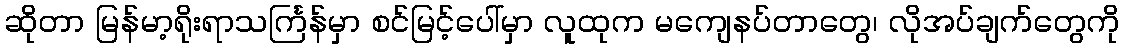
ဆိုတာ မြန်မာ့ရိုးရာသင်္ကြန်မှာ စင်မြင့်ပေါ်မှာ လူထုက မကျေနပ်တာတွေ၊ လိုအပ်ချက်တွေကို